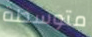
متوسطة